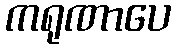
ကရုဏာပေ